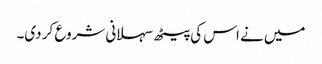
میں نے اس کی پیٹھ سہلانی شروع کر دی۔